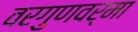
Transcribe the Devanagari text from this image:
वरगुणवर्मा